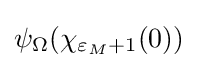
\psi _{\Omega }(\chi _{\varepsilon _{M}+1}(0))